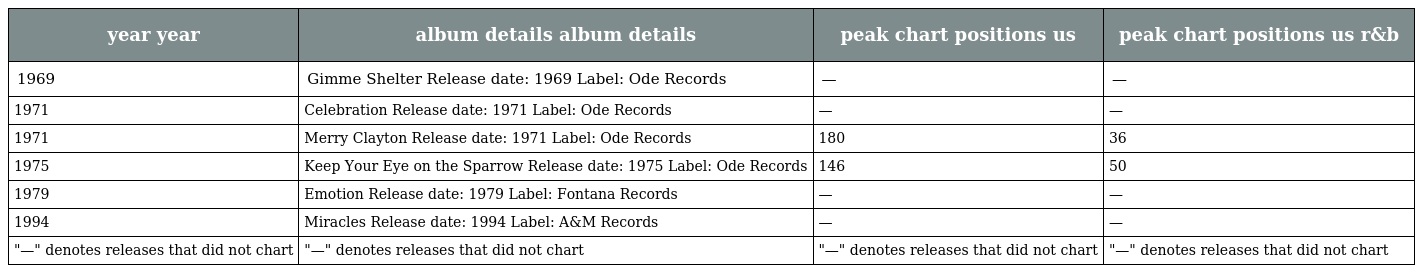
| year year | album details album details | peak chart positions us | peak chart positions us r&b |
 | --- | --- | --- | --- |
 | 1969 | Gimme Shelter Release date: 1969 Label: Ode Records | — | — |
 | 1971 | Celebration Release date: 1971 Label: Ode Records | — | — |
 | 1971 | Merry Clayton Release date: 1971 Label: Ode Records | 180 | 36 |
 | 1975 | Keep Your Eye on the Sparrow Release date: 1975 Label: Ode Records | 146 | 50 |
 | 1979 | Emotion Release date: 1979 Label: Fontana Records | — | — |
 | 1994 | Miracles Release date: 1994 Label: A&M Records | — | — |
 | "—" denotes releases that did not chart | "—" denotes releases that did not chart | "—" denotes releases that did not chart | "—" denotes releases that did not chart |